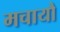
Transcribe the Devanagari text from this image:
मचायौ